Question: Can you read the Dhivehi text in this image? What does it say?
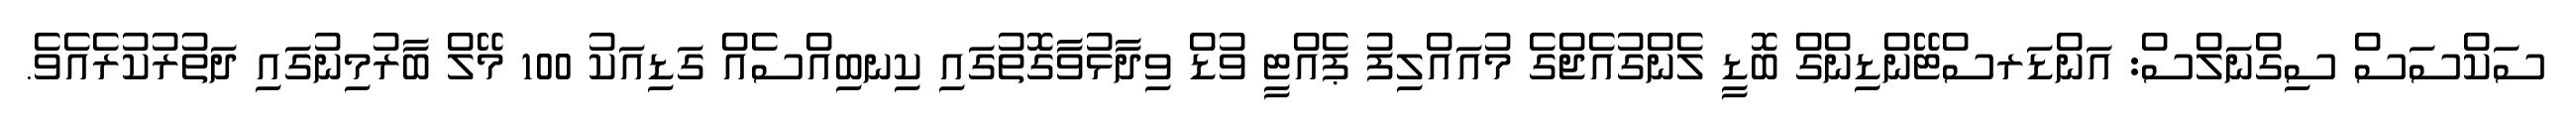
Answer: ސަކްސަސް ސިގްނަލްސް: އަންޑަރސްޓޭންޑިންގް ބޮޑީ ލެންގުއެޖްގެ މުއައްލިފު ޕެއްޓީ ވުޑް ވިދާޅުވާގޮތުގައި ކިނބިއްސެއް ގަޑިއަކު 100 މޭލް ބާރުމިނުގައި ދަތުރުކުރެއެވެ.